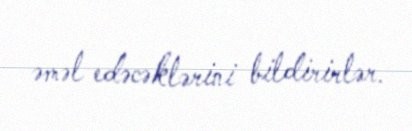
əməl edəcəklərini bildirirlər.